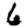
Digit: 6